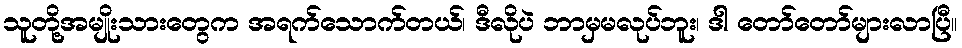
သူတို့အမျိုးသားတွေက အရက်သောက်တယ်၊ ဒီလိုပဲ ဘာမှမလုပ်ဘူး၊ ဒါ တော်တော်များလာပြီ။